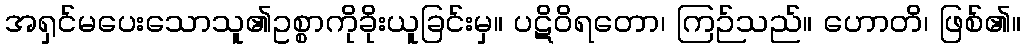
အရှင်မပေးသောသူ၏ဥစ္စာကိုခိုးယူခြင်းမှ။ ပဋိဝိရတော၊ ကြဉ်သည်။ ဟောတိ၊ ဖြစ်၏။